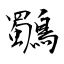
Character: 鸀